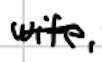
Text: wife,
Cross-out: single-line
Writing tool: digital_black